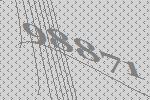
98871